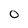
Character: O